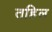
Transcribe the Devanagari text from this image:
तहिल